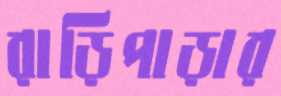
রাড়িপাড়ার